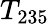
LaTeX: T_{235}